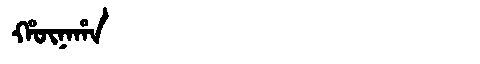
Manchu: ᡥᡡᠨᠠᡥᠠ
Romanization: HŪNAHA